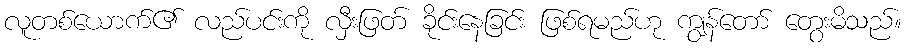
လူတစ်ယောက်၏ လည်ပင်းကို လှီးဖြတ် ခိုင်းနေခြင်း ဖြစ်ရမည်ဟု ကျွန်တော် တွေးမိသည်။